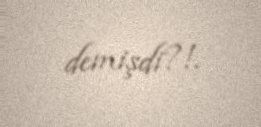
demişdi?!.